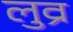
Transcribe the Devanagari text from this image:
लुव्र